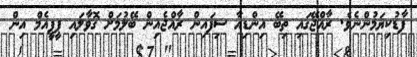
ފާޑުކިޔަމުންނެވެ. ރާއްޖޭގައި ތިބޭ އިންޑިއާ ސިފައިން ރާއްޖެއިން ބޭލުމަށް ގޮވާލައި ޕީޕީއެމް އިން